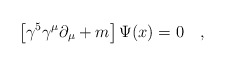
\begin{align*}\left [\gamma^5 \gamma^\mu \partial_\mu +m \right ]\Psi (x) = 0\quad,\end{align*}